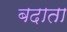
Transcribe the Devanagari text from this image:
बदाता